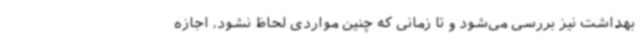
بهداشت نیز بررسی می‌شود و تا زمانی که چنین مواردی لحاظ نشود، اجازه